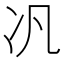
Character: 𪞖